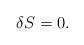
LaTeX: \begin{align*}\delta {S} =0.\end{align*}